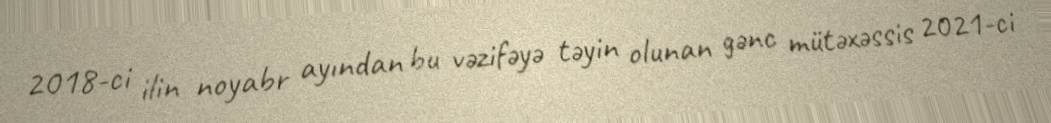
2018-ci ilin noyabr ayından bu vəzifəyə təyin olunan gənc mütəxəssis 2021-ci